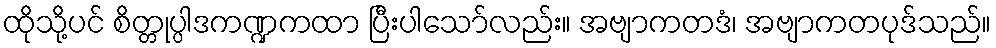
ထိုသို့ပင် စိတ္တုပ္ပါဒကဏ္ဍကထာ ပြီးပါသော်လည်း။ အဗျာကတဒံ၊ အဗျာကတပုဒ်သည်။